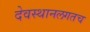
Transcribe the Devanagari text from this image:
देवस्थानलगतच